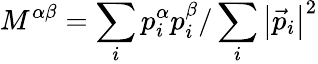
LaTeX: M^{\alpha\beta}=\sum_{i}p_{i}^{\alpha}p_{i}^{\beta}/\sum_{i}\left|\vec{p}_{i}\right|^{2}